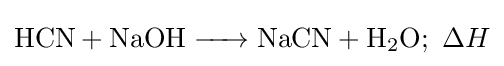
{\ce {HCN + NaOH -> NaCN + H2O}};\ \Delta H